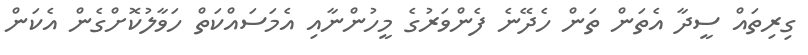
ގިރިތައް ސީދާ އެތަން ތަން ހެދޭނެ ފެންވަރުގެ މީހުންނާއި އެމަސައްކަތް ހަވާލުކޮށްގެން އެކަން